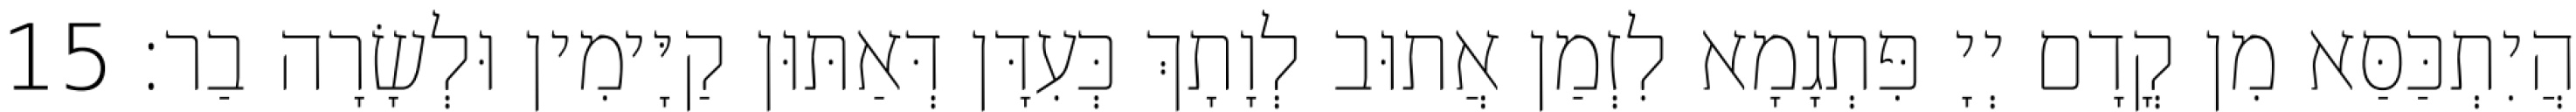
הֲיִתְכַּסַּא מִן קֳדָם יְיָ פִּתְגָמָא לִזְמַן אֲתוּב לְוָתָךְ כְּעִדָּן דְּאַתּוּן קַיָּימִין וּלְשָׂרָה בַר׃ 15